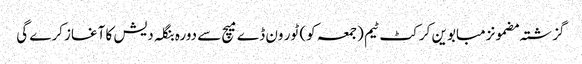
گزشتہ مضمونزمبابوین کرکٹ ٹیم (جمعہ کو) ٹور ون ڈے میچ سے دورہ بنگلہ دیش کا آغاز کرے گی